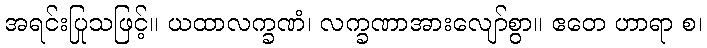
အရင်းပြုသဖြင့်။ ယထာလက္ခဏံ၊ လက္ခဏာအားလျော်စွာ။ ဧတေ ဟာရာ စ၊